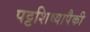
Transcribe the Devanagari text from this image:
पट्टशिष्यापैकी